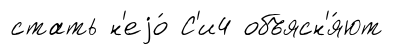
стать н'еjо́ С'и4 объясн'я́ют